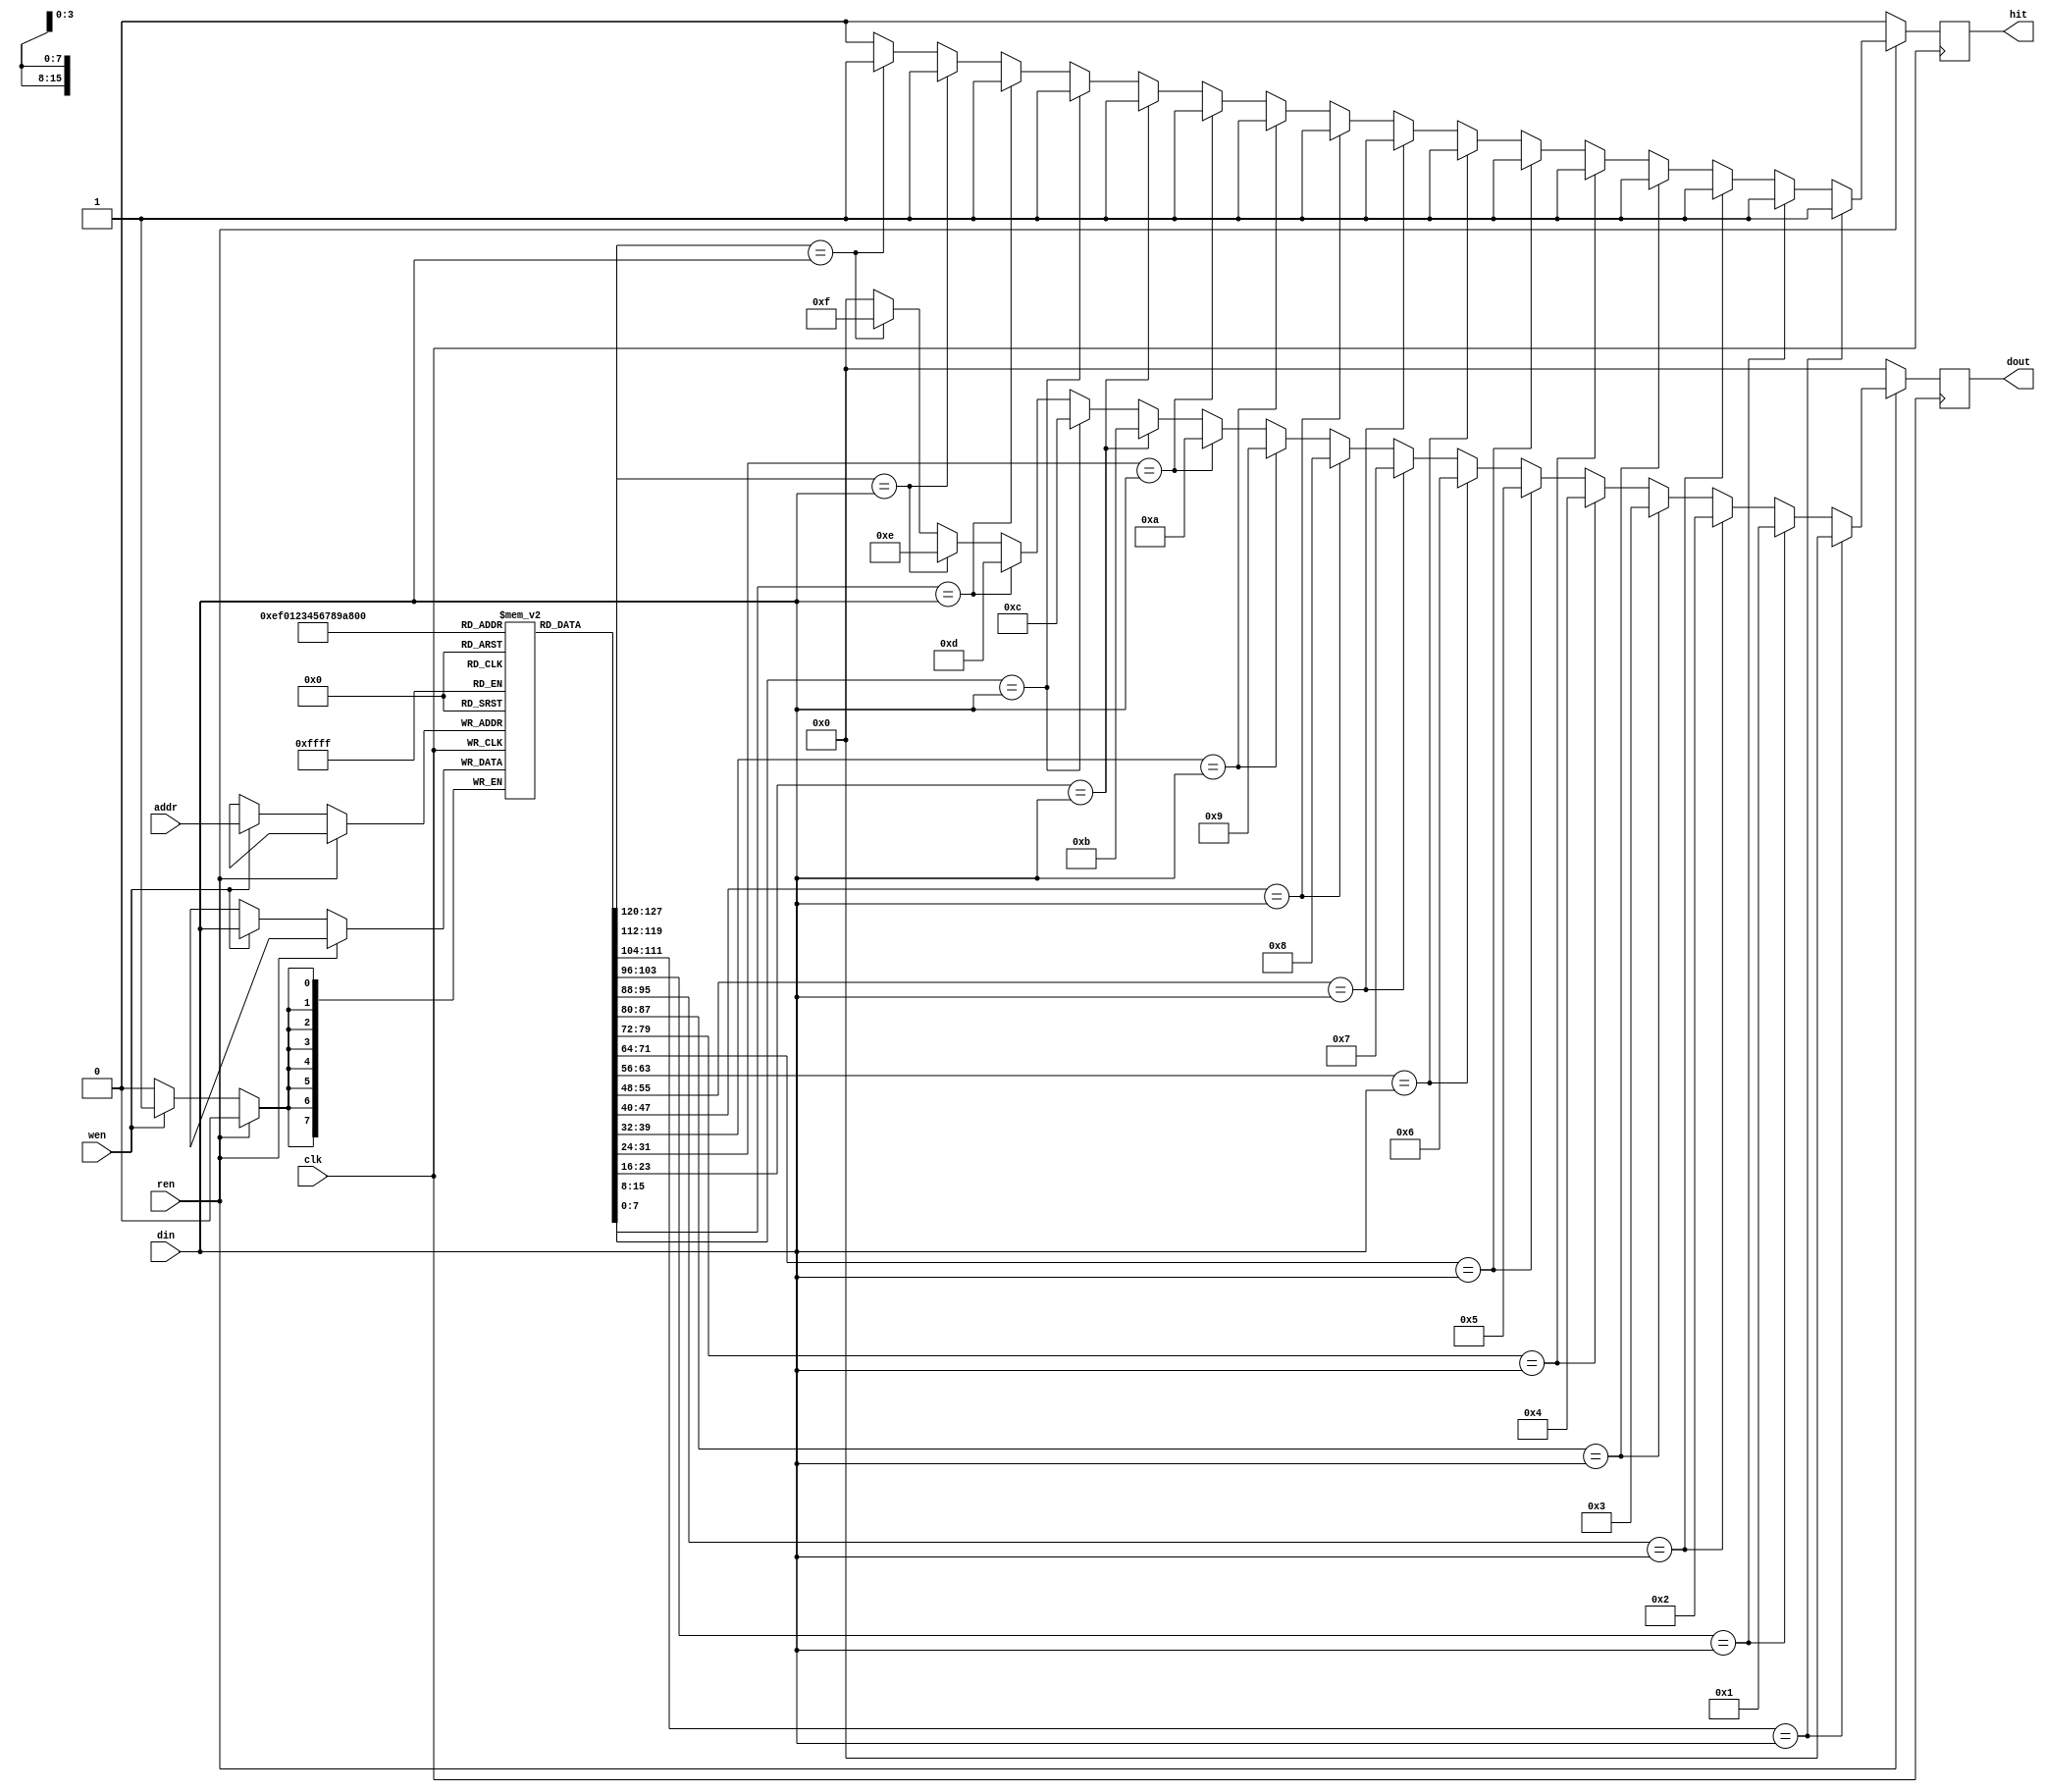
`timescale 1ns/1ps

module Content_Addressable_Memory(clk, wen, ren, din, addr, dout, hit);
input clk;
input wen, ren;
input [7:0] din;
input [3:0] addr;
output reg [3:0] dout;
output reg hit;
reg [8-1:0] mem [16-1:0];
reg [3:0] next_dout;
reg next_hit;
always @(posedge clk) begin
    if(ren)begin
        dout <= next_dout;
        hit <= next_hit;
    end

    else begin
        if(wen)begin
            dout <= 4'd0;
            hit <= 1'b0;
            mem[addr] <= din;
        end

        else begin
            dout <= 4'd0;
            hit <= 1'b0;
        end
    end
end

always @(*)begin
    if(mem[0] == din)begin
        next_dout = 4'd0;
        next_hit = 1'b1;
    end

    else if(mem[1] == din)begin
        next_dout = 4'd1;
        next_hit = 1'b1;
    end

    else if(mem[2] == din)begin
        next_dout = 4'd2;
        next_hit = 1'b1;
    end

    else if(mem[3] == din)begin
        next_dout = 4'd3;
        next_hit = 1'b1;
    end

    else if(mem[4] == din)begin
        next_dout = 4'd4;
        next_hit = 1'b1;
    end

    else if(mem[5] == din)begin
        next_dout = 4'd5;
        next_hit = 1'b1;
    end

    else if(mem[6] == din)begin
        next_dout = 4'd6;
        next_hit = 1'b1;
    end

    else if(mem[7] == din)begin
        next_dout = 4'd7;
        next_hit = 1'b1;
    end

    else if(mem[8] == din)begin
        next_dout = 4'd8;
        next_hit = 1'b1;
    end

    else if(mem[9] == din)begin
        next_dout = 4'd9;
        next_hit = 1'b1;
    end

    else if(mem[10] == din)begin
        next_dout = 4'd10;
        next_hit = 1'b1;
    end

    else if(mem[11] == din)begin
        next_dout = 4'd11;
        next_hit = 1'b1;
    end

    else if(mem[12] == din)begin
        next_dout = 4'd12;
        next_hit = 1'b1;
    end

    else if(mem[13] == din)begin
        next_dout = 4'd13;
        next_hit = 1'b1;
    end

    else if(mem[14] == din)begin
        next_dout = 4'd14;
        next_hit = 1'b1;
    end

    else if(mem[15] == din)begin
        next_dout = 4'd15;
        next_hit = 1'b1;
    end

    else begin
        next_dout = 4'd0;
        next_hit = 1'b0;
    end
end
endmodule